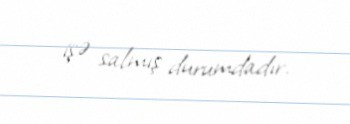
işə salmış durumdadır.